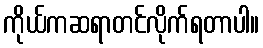
ကိုယ်ကဆရာတင်လိုက်ရတာပါ။